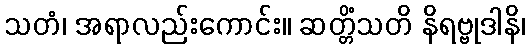
သတံ၊ အရာလည်းကောင်း။ ဆတ္တိံသတိ နိရဗ္ဗုဒါနိ၊